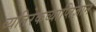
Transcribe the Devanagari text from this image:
व्यतिरेकव्याप्तिज्ञान